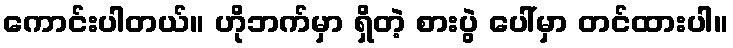
ကောင်းပါတယ်။ ဟိုဘက်မှာ ရှိတဲ့ စားပွဲ ပေါ်မှာ တင်ထားပါ။